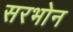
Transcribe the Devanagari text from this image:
सरभोन